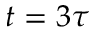
t = 3 \tau